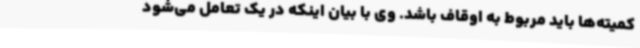
کمیته‌ها باید مربوط به اوقاف باشد. وی با بیان اینکه در یک تعامل می‌شود